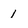
Character: 1